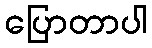
ပြောတာပါ